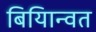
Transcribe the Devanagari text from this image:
बियािन्वत